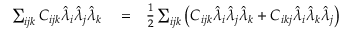
\begin{array} { r l r } { \sum _ { i j k } C _ { i j k } \hat { \lambda } _ { i } \hat { \lambda } _ { j } \hat { \lambda } _ { k } } & { { } = } & { \frac { 1 } { 2 } \sum _ { i j k } \left( C _ { i j k } \hat { \lambda } _ { i } \hat { \lambda } _ { j } \hat { \lambda } _ { k } + C _ { i k j } \hat { \lambda } _ { i } \hat { \lambda } _ { k } \hat { \lambda } _ { j } \right) } \end{array}